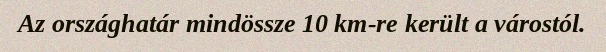
Az országhatár mindössze 10 km-re került a várostól.